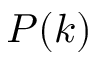
P ( k )